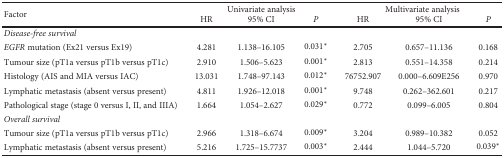
| <ROWSPAN=2> Factor | <COLSPAN=3> Univariate analysis | <COLSPAN=3> Multivariate analysis |
 | HR | 95% CI | P | HR | 95% CI | P |
 | --- | --- | --- | --- | --- | --- | --- |
 | <COLSPAN=7> Disease-free survival |
 | EGFR mutation (Ex21 versus Ex19) | 4.281 | 1.138–16.105 | 0.031∗ | 2.705 | 0.657–11.136 | 0.168 |
 | Tumour size (pT1a versus pT1b versus pT1c) | 2.910 | 1.506–5.623 | 0.001∗ | 2.813 | 0.551–14.358 | 0.214 |
 | Histology (AIS and MIA versus IAC) | 13.031 | 1.748–97.143 | 0.012∗ | 76752.907 | 0.000–6.609E256 | 0.970 |
 | Lymphatic metastasis (absent versus present) | 4.811 | 1.926–12.018 | 0.001∗ | 9.748 | 0.262–362.601 | 0.217 |
 | Pathological stage (stage 0 versus I, II, and IIIA) | 1.664 | 1.054–2.627 | 0.029∗ | 0.772 | 0.099–6.005 | 0.804 |
 | <COLSPAN=7> Overall survival |
 | Tumour size (pT1a versus pT1b versus pT1c) | 2.966 | 1.318–6.674 | 0.009∗ | 3.204 | 0.989–10.382 | 0.052 |
 | Lymphatic metastasis (absent versus present) | 5.216 | 1.725–15.7737 | 0.003∗ | 2.444 | 1.044–5.720 | 0.039∗ |